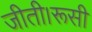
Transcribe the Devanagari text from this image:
जीती।रूसी